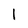
Character: I